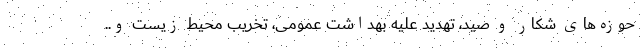
حوزه‌های شکار و صید، تهدید علیه بهداشت عمومی، تخریب محیط زیست و..